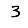
Digit: 3